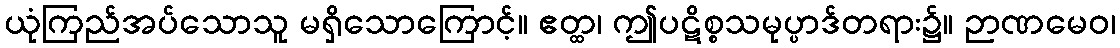
ယုံကြည်အပ်သောသူ မရှိသောကြောင့်။ ဧတ္ထ၊ ဤပဋိစ္စသမုပ္ပာဒ်တရား၌။ ဉာဏမေဝ၊